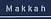
makkah